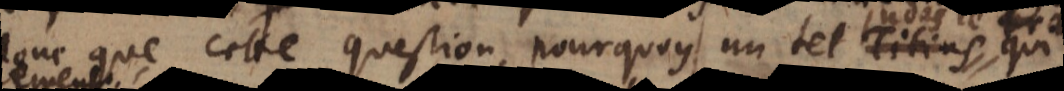
donc que cette question, pourquoy un tel Judas le